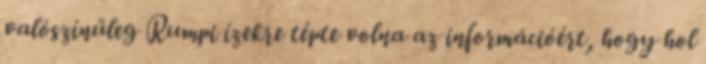
valószínűleg Rumpi ízekre tépte volna az információért, hogy hol